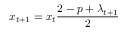
x _ { t + 1 } = x _ { t } { \frac { 2 - p + \lambda _ { t + 1 } } { 2 } }